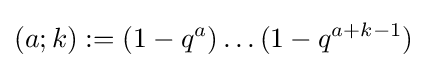
(a;k):=(1-q^{a})\dots (1-q^{a+k-1})